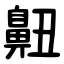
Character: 䶊